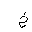
Letter: _kha